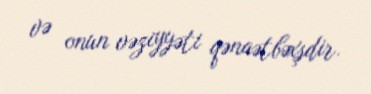
və onun vəziyyəti qənaətbəxşdir.